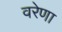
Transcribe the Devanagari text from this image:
वरेणा